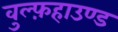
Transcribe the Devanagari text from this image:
वुल्फ़हाउण्ड